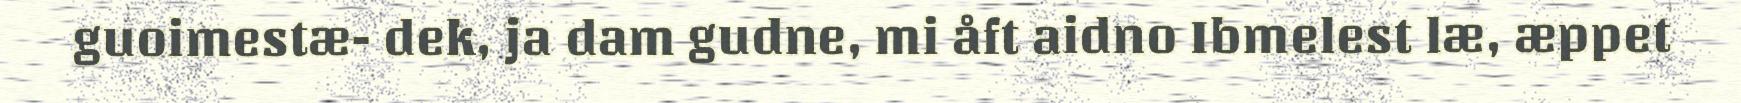
guoimestæ- dek, ja dam gudne, mi åft aidno Ibmelest læ, æppet